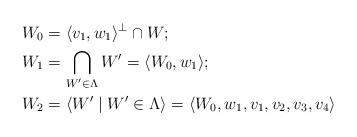
LaTeX: \begin{align*}W_0 &=\langle v_1,w_1\rangle^\perp \cap W; \\ W_1 &= \bigcap\limits_{W'\in \Lambda} W' = \langle W_0, w_1\rangle; \\ W_2 &= \langle W' \mid W'\in\Lambda\rangle = \langle W_0, w_1, v_1,v_2,v_3,v_4\rangle\end{align*}